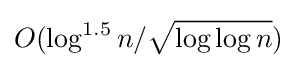
O(\log ^{1.5}n/{\sqrt {\log \log n}})